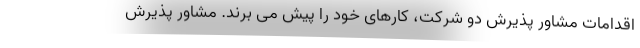
اقدامات مشاور پذیرش دو شرکت، کارهای خود را پیش می برند. مشاور پذیرش